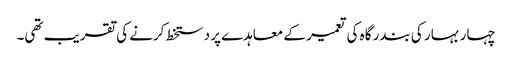
چہار بہار کی بندر گاہ کی تعمیر کے معاہدے پر دستخط کرنے کی تقریب تھی۔